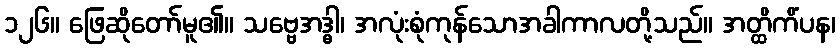
၁၂၆။ ဖြေဆိုတော်မူ၏။ သဗ္ဗေအဒ္ဓါ၊ အလုံးစုံကုန်သောအခါကာလတို့သည်။ အတ္ထိကိံပန၊